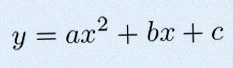
y=ax^2+bx+c